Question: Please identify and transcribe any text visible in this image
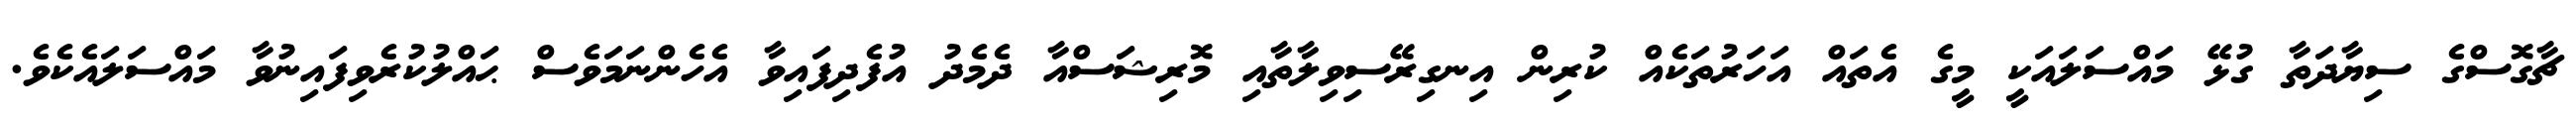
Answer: ޗާގޮސްގެ ސިޔާދަތާ ގުޅޭ މައްސަލައަކީ މީގެ އެތައް އަހަރުތަކެއް ކުރިން އިނގިރޭސިވިލާތާއި މޮރިޝަސްއާ ދެމެދު އުފެދިފައިވާ އެހެންނަމަވެސް ޙައްލުކުރެވިފައިނުވާ މައްސަލައެކެވެ.